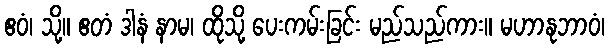
ဧဝံ၊ သို့။ ဧတံ ဒါနံ နာမ၊ ထိုသို့ ပေးကမ်းခြင်း မည်သည်ကား။ မဟာနုဘာဝံ၊